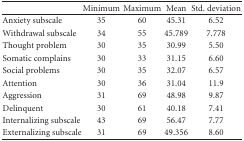
|  | Minimum | Maximum | Mean | Std. deviation |
 | --- | --- | --- | --- | --- |
 | Anxiety subscale | 35 | 60 | 45.31 | 6.52 |
 | Withdrawal subscale | 34 | 55 | 45.789 | 7.778 |
 | Thought problem | 30 | 35 | 30.99 | 5.50 |
 | Somatic complains | 30 | 33 | 31.15 | 6.60 |
 | Social problems | 30 | 35 | 32.07 | 6.57 |
 | Attention | 30 | 36 | 31.04 | 11.9 |
 | Aggression | 31 | 69 | 48.98 | 9.87 |
 | Delinquent | 30 | 61 | 40.18 | 7.41 |
 | Internalizing subscale | 43 | 69 | 56.47 | 7.77 |
 | Externalizing subscale | 31 | 69 | 49.356 | 8.60 |